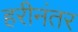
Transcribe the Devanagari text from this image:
हरीनंतर